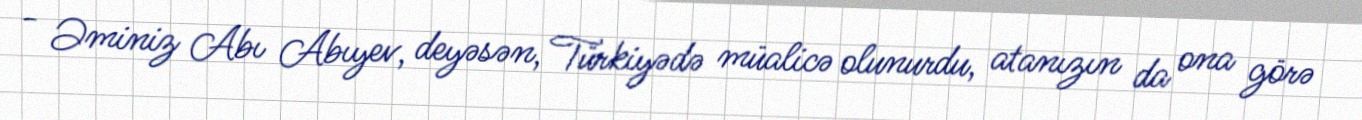
- Əminiz Abı Abıyev, deyəsən, Türkiyədə müalicə olunurdu, atanızın da ona görə